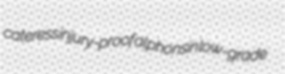
cateress injury-proof alphonsin low-grade